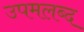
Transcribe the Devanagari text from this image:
उपमलब्द